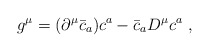
\begin{align*}g^{\mu} = (\partial^{\mu} \bar{c}_{a}) c^{a} - \bar{c}_{a} D^{\mu} c^{a}~,\end{align*}